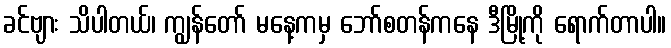
ခင်ဗျား သိပါတယ်၊ ကျွန်တော် မနေ့ကမှ ဘော်စတန်ကနေ ဒီမြို့ကို ရောက်တာပါ။